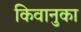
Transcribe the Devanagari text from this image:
किवानुका